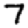
Digit: 7